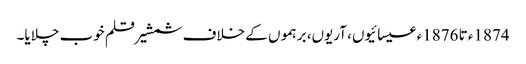
1874ء تا 1876ء عیسائیوں، آریوں، برہموں کے خلاف شمشیر قلم خوب چلایا۔